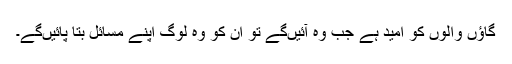
گاؤں والوں کو امید ہے جب وہ آئیں‌گے تو ان کو وہ لوگ اپنے مسائل بتا پائیں‌گے۔